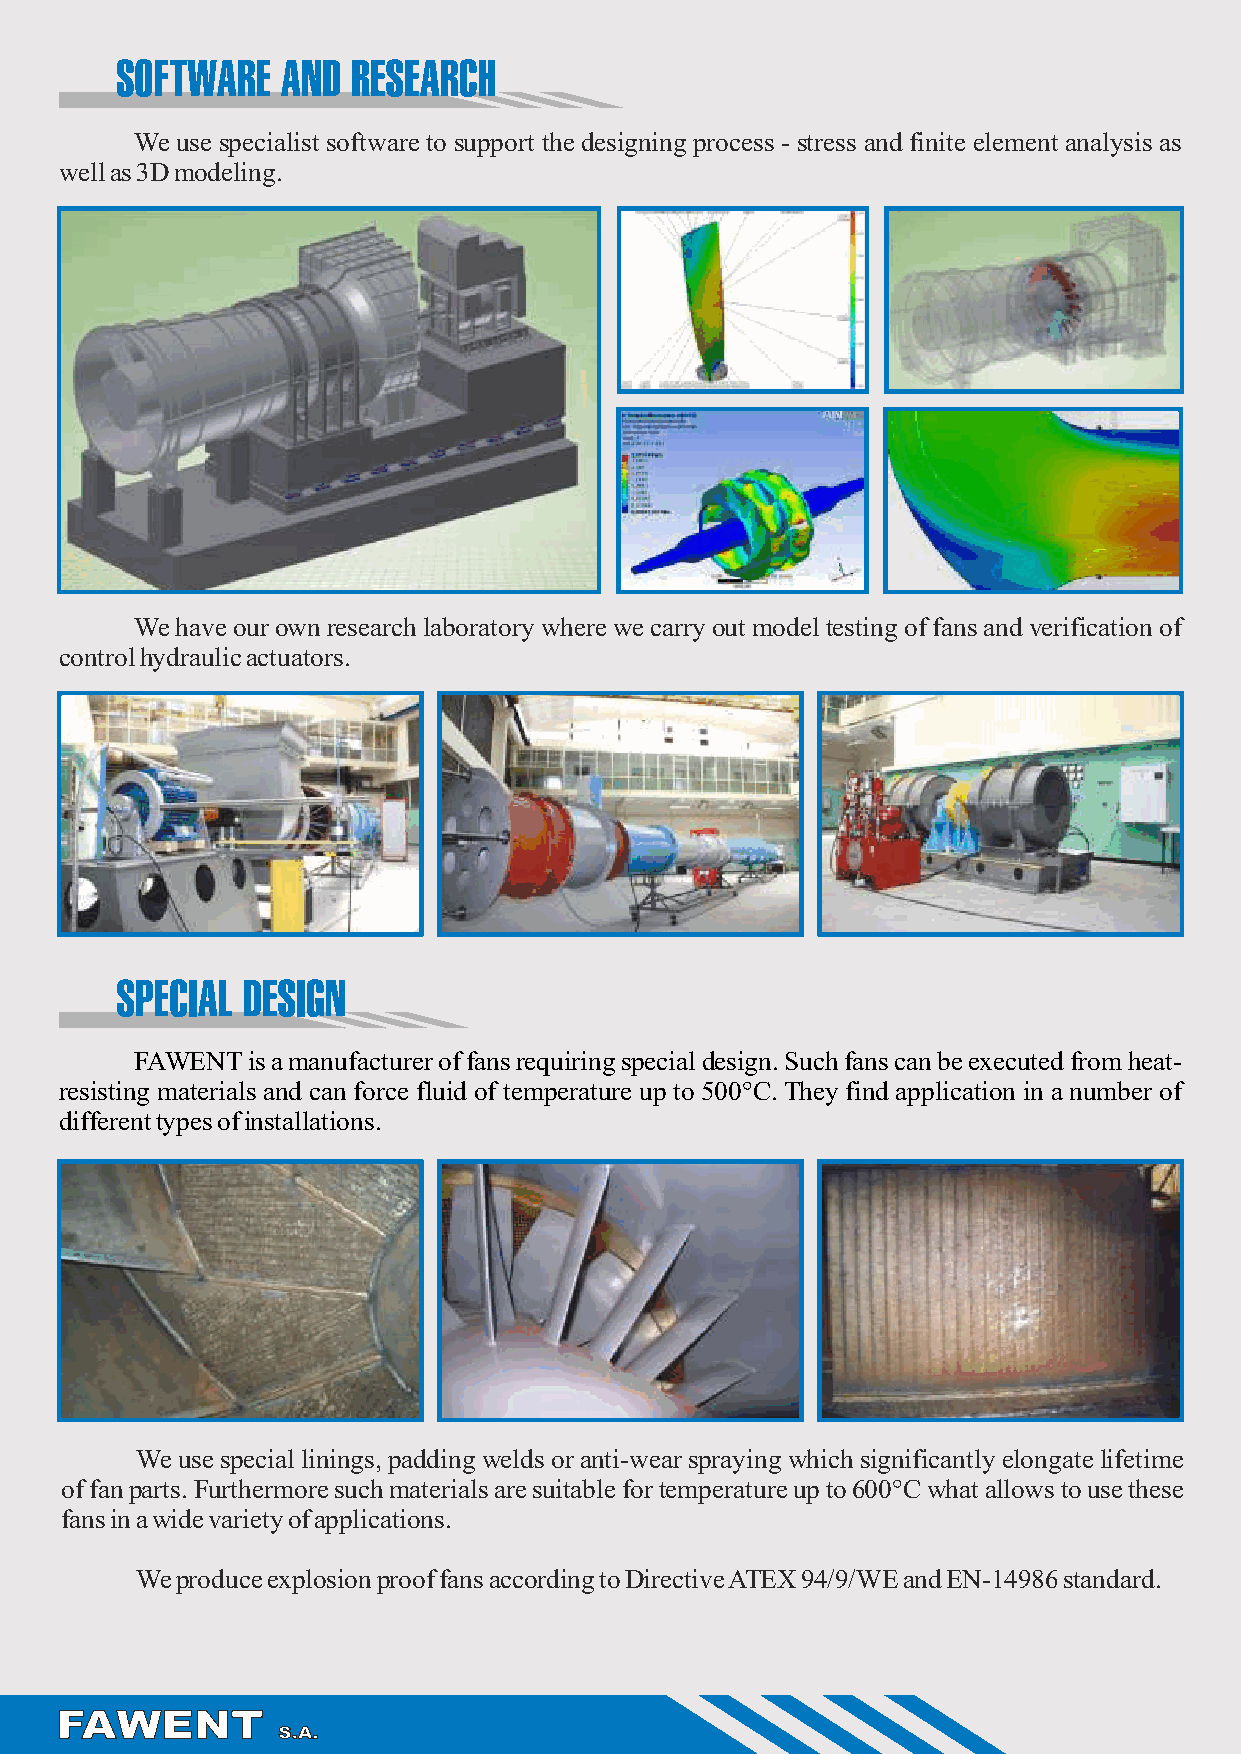
SOFTWARE   AND RESEARCH
 We use specialist software to support the designing process - stress and finite element analysis as
 well as 3D modeling.
 We have our own research laboratory where we carry out model testing of fans and verification of
 control hydraulic actuators.
 SPECIAL DESIGN
 FAWENT is a manufacturer of fans requiring special design. Such fans can be executed from heat-
 resisting materials and can force fluid of temperature up to 500°C. They find application in a number of
 different types of installations.
 We use special linings, padding welds or anti-wear spraying which significantly elongate lifetime
 of fan parts. Furthermore such materials are suitable for temperature up to 600°C what allows to use these
 fans in a wide variety of applications.
 We produce explosion proof fans according to Directive ATEX 94/9/WE and EN-14986 standard.
 FAWENT
 S.A.